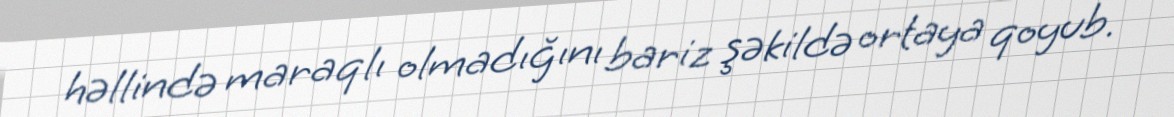
həllində maraqlı olmadığını bariz şəkildə ortaya qoyub.